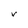
Character: v